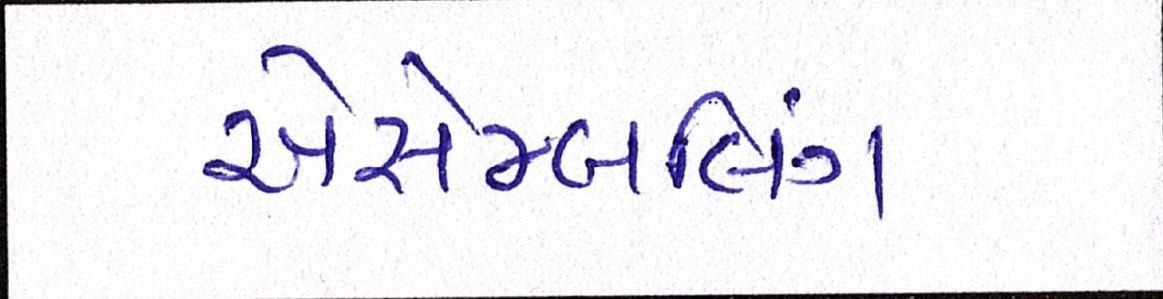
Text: એસેમ્બલિંગ